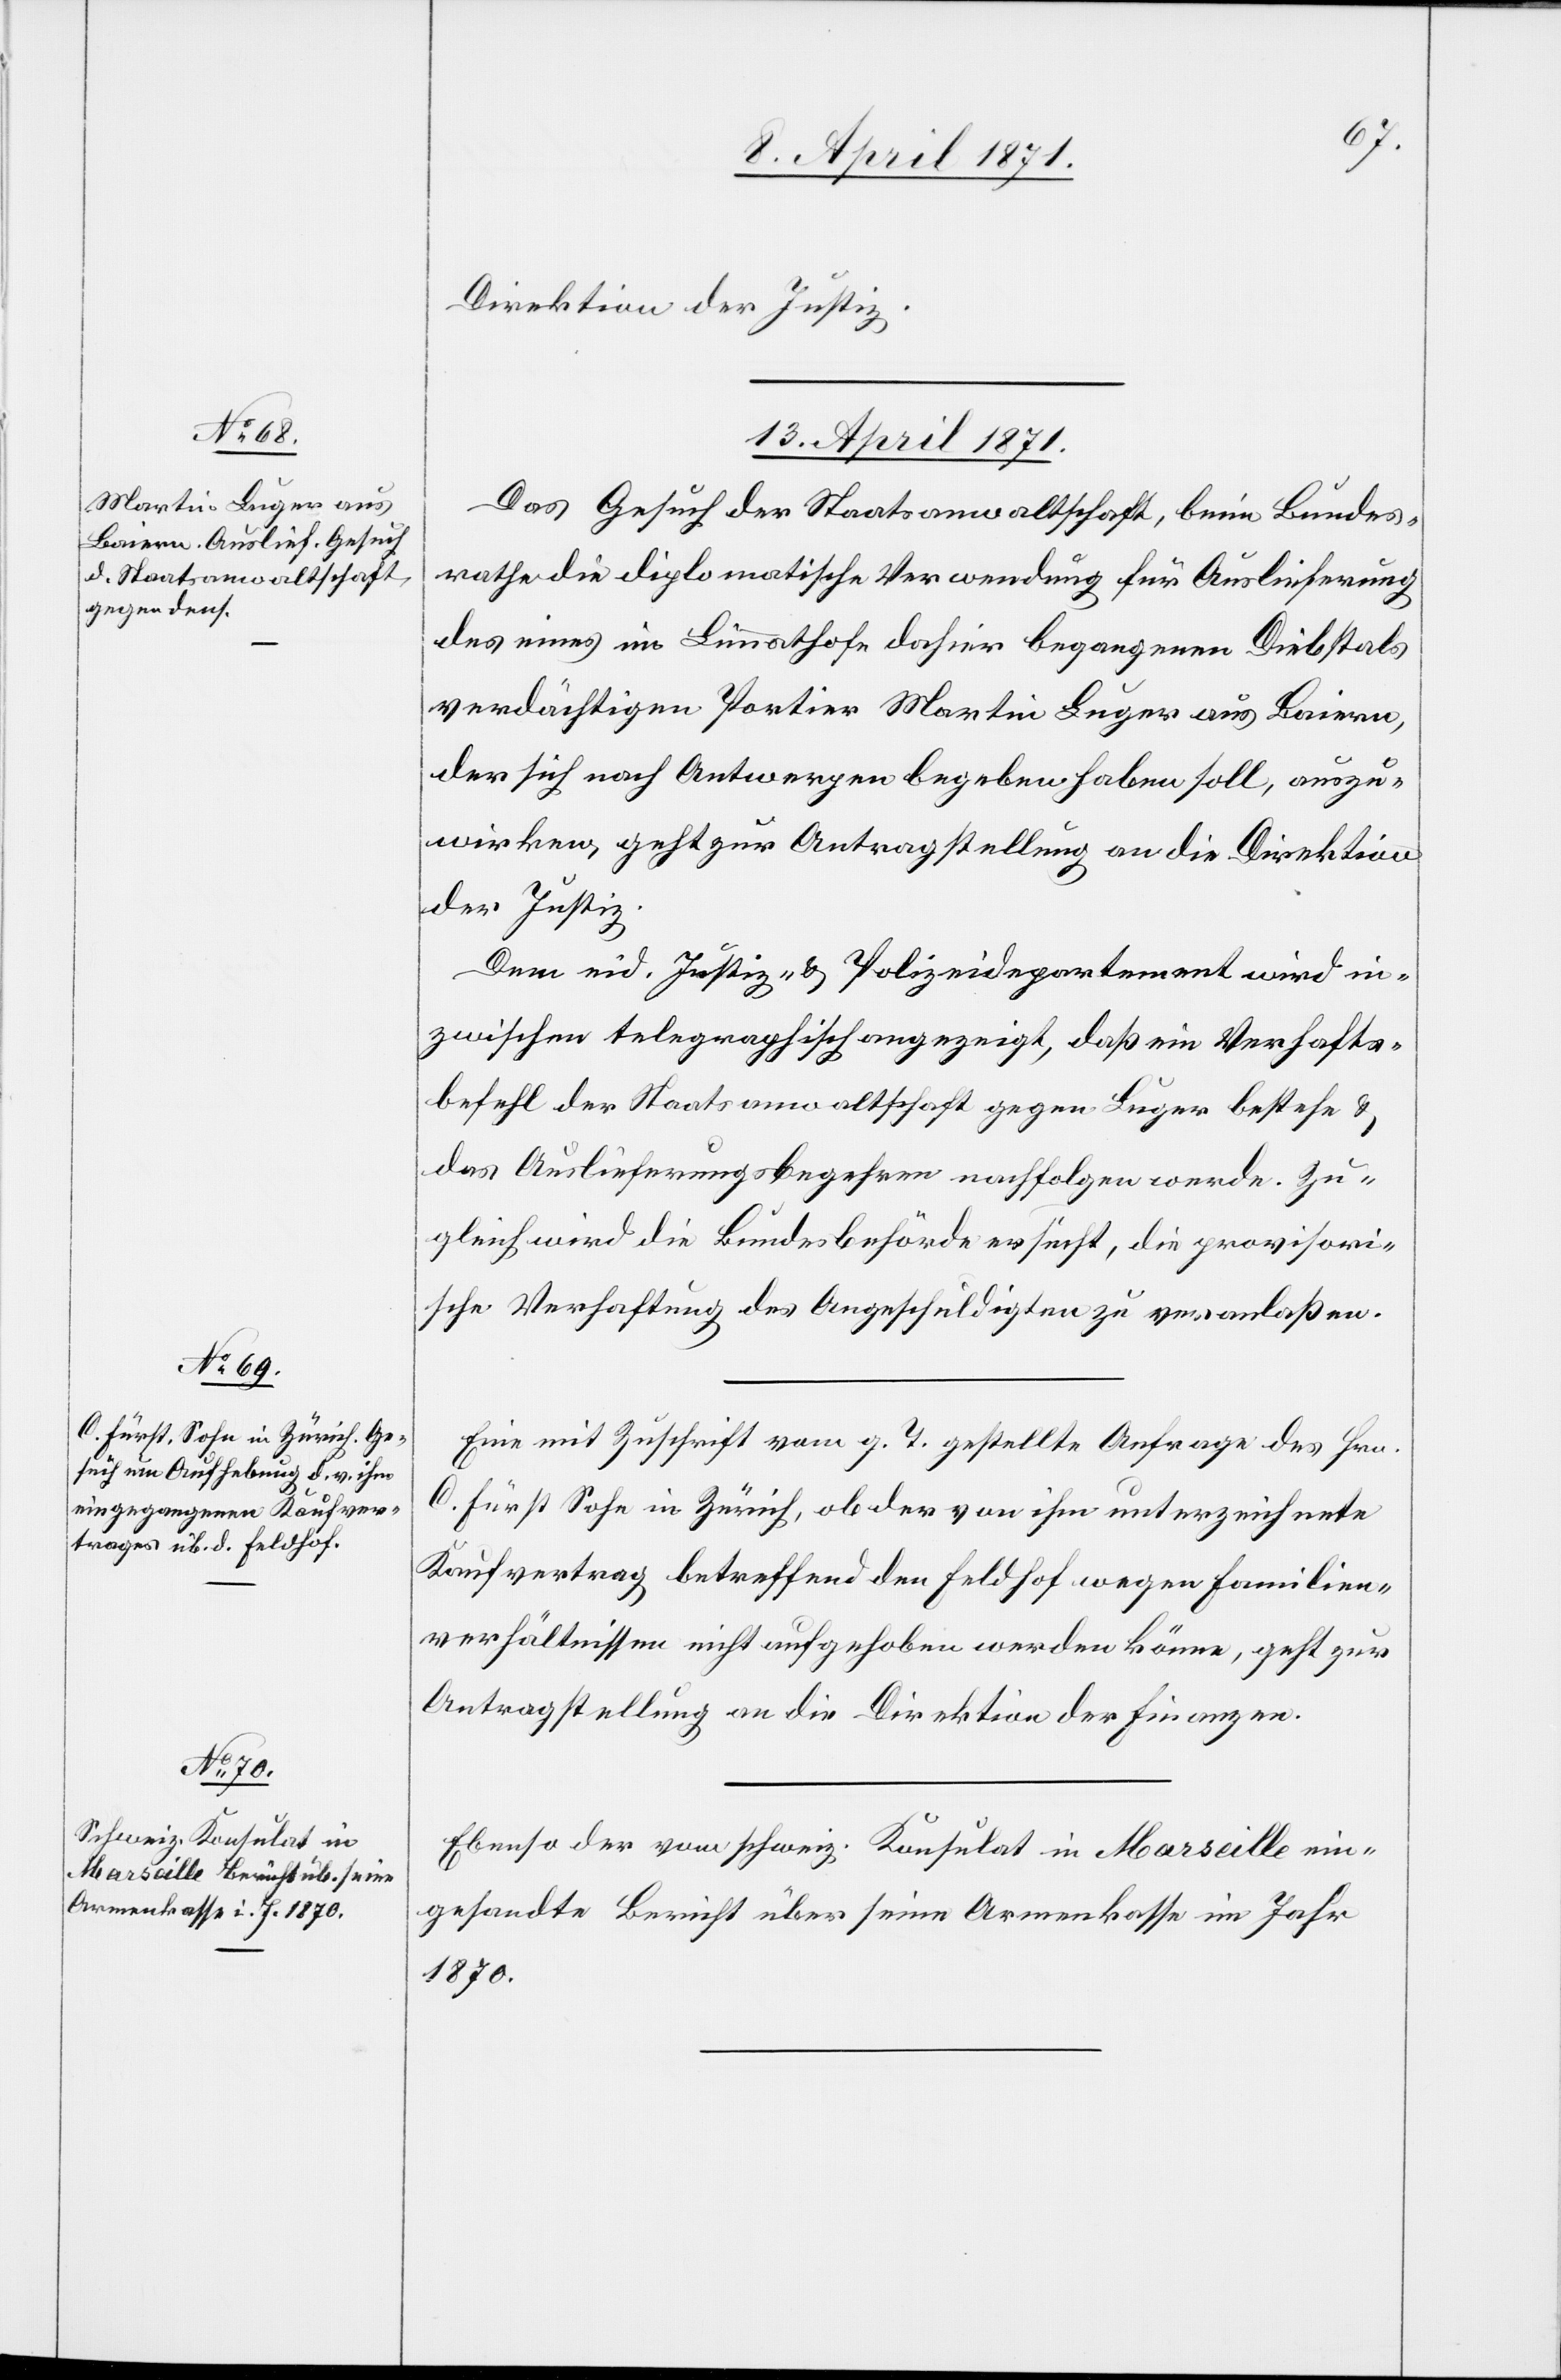
Direktion der Justiz.
13. April 1871.]
Das Gesuch der Staatsanwaltschaft, beim Bundes¬
rathe die diplomatische Verwendung für Auslieferung
des eines im Limmathofe dahin begangenen Diebstals
verdächtigen Portier Martin Luger aus Baiern,
der sich nach Antwerpen begeben haben soll, auszu¬
wirken, geht zur Antragstellung an die Direktion
der Justiz.
Dem eid. Justiz- u. Polizeidepartement wird in¬
zwischen telegraphisch angezeigt, daß ein Verhafts¬
befehl der Staatsanwaltschaft gegen Luger bestehe u.
das Auslieferungsbegehren nachfolgen werde. Zu¬
gleich wird die Bundesbehörde ersucht, die provisori¬
sche Verhaftung des Angeschuldigten zu veranlaßen.
Eine mit Zuschrift vom g. T. gestellte Anfrage des Hrn.
C. Fürst Sohn in Zürich, ob der von ihm unterzeichnete
Kaufvertrag betreffend den Feldhof wegen Familien¬
verhältnissen nicht aufgehoben werden könne, geht zur
Antragstellung an die Direktion der Finanzen.
Ebenso der vom schweiz. Konsulat in Marseille ein¬
gesandte Bericht über seine Armenkasse im Jahr
1870.